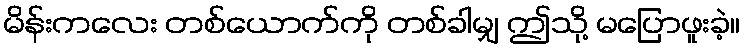
မိန်းကလေး တစ်ယောက်ကို တစ်ခါမျှ ဤသို့ မပြောဖူးခဲ့။